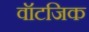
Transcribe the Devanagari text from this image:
वॉटजिक